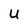
Character: U